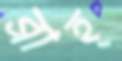
ব্রাহ্